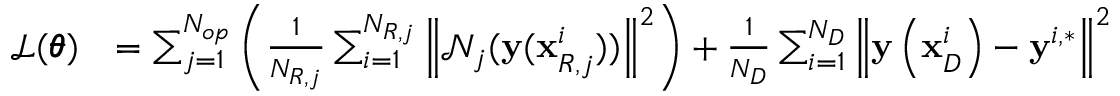
\begin{array} { r l } { \mathcal { L } ( \pmb { \theta } ) } & { = \sum _ { j = 1 } ^ { N _ { o p } } { \left( \frac { 1 } { N _ { R , j } } \sum _ { i = 1 } ^ { N _ { R , j } } { \left\| \mathcal { N } _ { j } ( \mathbf { y } ( \mathbf { x } _ { R , j } ^ { i } ) ) \right\| ^ { 2 } } \right) } + \frac { 1 } { N _ { D } } \sum _ { i = 1 } ^ { N _ { D } } { \left\| \mathbf { y } \left( \mathbf { x } _ { D } ^ { i } \right) - \mathbf { y } ^ { i , * } \right\| ^ { 2 } } } \end{array}